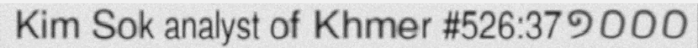
Kim Sok analyst of Khmer #526:37១០០០